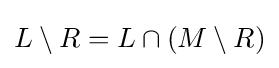
L\setminus R=L\cap (M\setminus R)